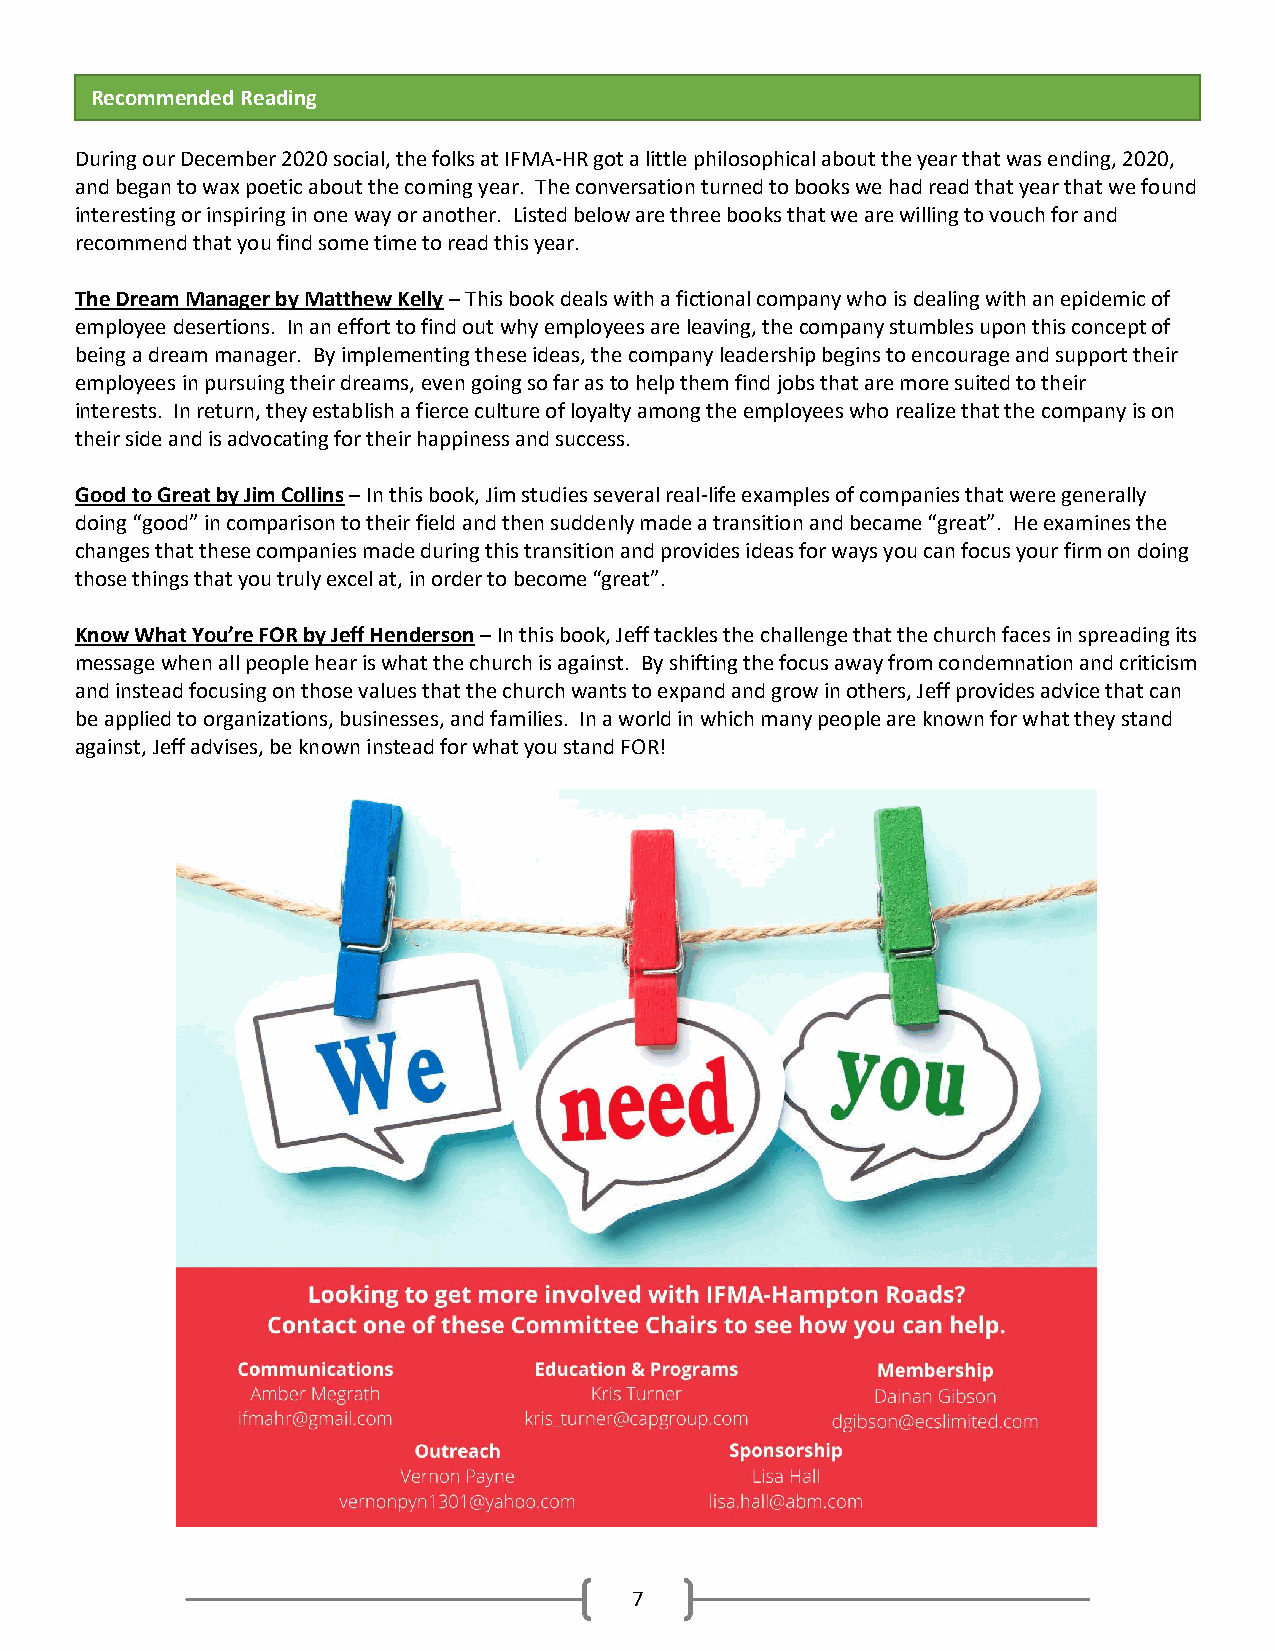
Recommended Reading
 During our December 2020 social, the folks at IFMA-HR got a little philosophical about the year that was ending, 2020,
 and began to wax poetic about the coming year. The conversation turned to books we had read that year that we found
 interesting or inspiring in one way or another. Listed below are three books that we are willing to vouch for and
 recommend that you find some time to read this year.
 The Dream Manager by Matthew Kelly – This book deals with a fictional company who is dealing with an epidemic of
 employee desertions. In an effort to find out why employees are leaving, the company stumbles upon this concept of
 being a dream manager. By implementing these ideas, the company leadership begins to encourage and support their
 employees in pursuing their dreams, even going so far as to help them find jobs that are more suited to their
 interests. In return, they establish a fierce culture of loyalty among the employees who realize that the company is on
 their side and is advocating for their happiness and success.
 Good to Great by Jim Collins – In this book, Jim studies several real-life examples of companies that were generally
 doing “good” in comparison to their field and then suddenly made a transition and became “great”. He examines the
 changes that these companies made during this transition and provides ideas for ways you can focus your firm on doing
 those things that you truly excel at, in order to become “great”.
 Know What You’re FOR by Jeff Henderson – In this book, Jeff tackles the challenge that the church faces in spreading its
 message when all people hear is what the church is against. By shifting the focus away from condemnation and criticism
 and instead focusing on those values that the church wants to expand and grow in others, Jeff provides advice that can
 be applied to organizations, businesses, and families. In a world in which many people are known for what they stand
 against, Jeff advises, be known instead for what you stand FOR!
 7